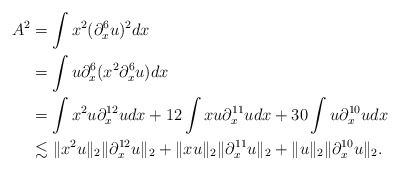
\begin{align*}A^{2}&= \int x^{2}(\partial_x^6u)^2dx\\&= \int u\partial_x^6(x^2\partial_x^6u)dx\\&= \int x^{2}u\partial_x^{12}udx+12\int xu\partial_x^{11}udx+30\int u\partial_x^{10}udx\\&\lesssim \|x^{2}u\|_2\|\partial_x^{12}u\|_2+ \|xu\|_2\|\partial_x^{11}u\|_2+ \|u\|_2\|\partial_x^{10}u\|_2.\end{align*}